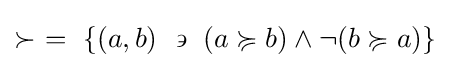
\succ ~=~\left\{\left(a,b\right)~\backepsilon ~\left(a\succcurlyeq b\right)\land \lnot (b\succcurlyeq a)\right\}